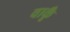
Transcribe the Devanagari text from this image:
वाकूँ